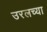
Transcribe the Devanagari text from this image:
उरलच्या